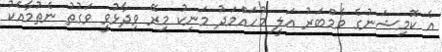
އެ ކޮމިޝަނުގެ މެމްބަރު އަލީ މުހައްމަދު މަނިކު މިރޭ ވިދާޅުވީ ވަގުތު ނެތުމާއެކު